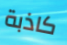
كاذبة